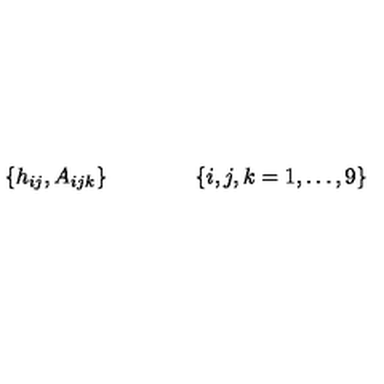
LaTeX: \{ h _ { i j } , A _ { i j k } \} \qquad \qquad \{ i , j , k = 1 , \dots , 9 \}